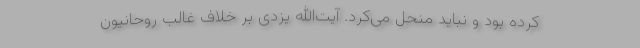
کرده بود و نباید منحل می‌کرد. آیت‌الله یزدی بر خلاف غالب روحانیون